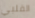
القلبي